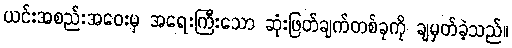
ယင်းအစည်းအဝေးမှ အရေးကြီးသော ဆုံးဖြတ်ချက်တစ်ခုကို ချမှတ်ခဲ့သည်။